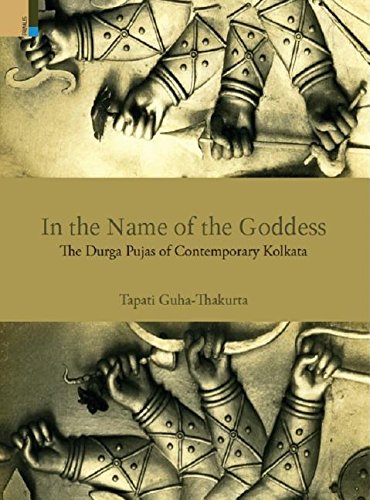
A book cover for In the Name of the Goddess: The Durga Pujas of Contemporary Kolkata; Tapati Guha Thakurta; History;